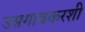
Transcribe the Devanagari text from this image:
उसगावकरशी